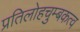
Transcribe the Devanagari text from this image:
प्रतिलोहचुम्बकत्व